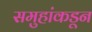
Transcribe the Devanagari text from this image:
समुहांकडून